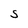
Character: S